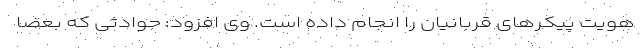
هویت پیکرهای قربانیان را انجام داده است. وی افزود: حوادثی که بعضاً